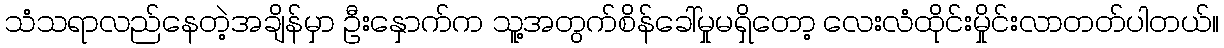
သံသရာလည်နေတဲ့အချိန်မှာ ဦးနှောက်က သူ့အတွက်စိန်ခေါ်မှုမရှိတော့ လေးလံထိုင်းမှိုင်းလာတတ်ပါတယ်။